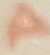
Text: A